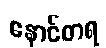
နောင်တရ